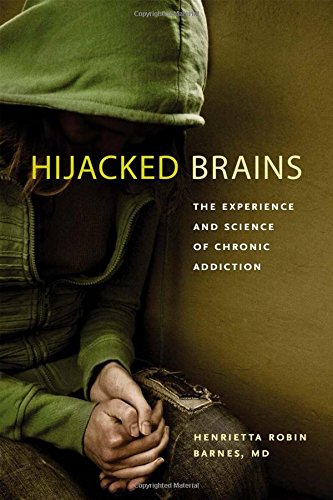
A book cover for Hijacked Brains: The Experience and Science of Chronic Addiction; Henrietta Robin Barnes MD; Health, Fitness & Dieting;